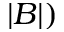
| B | )